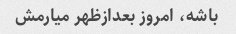
باشه، امروز بعدازظهر میارمش